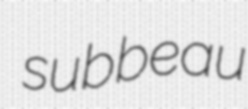
subbeau